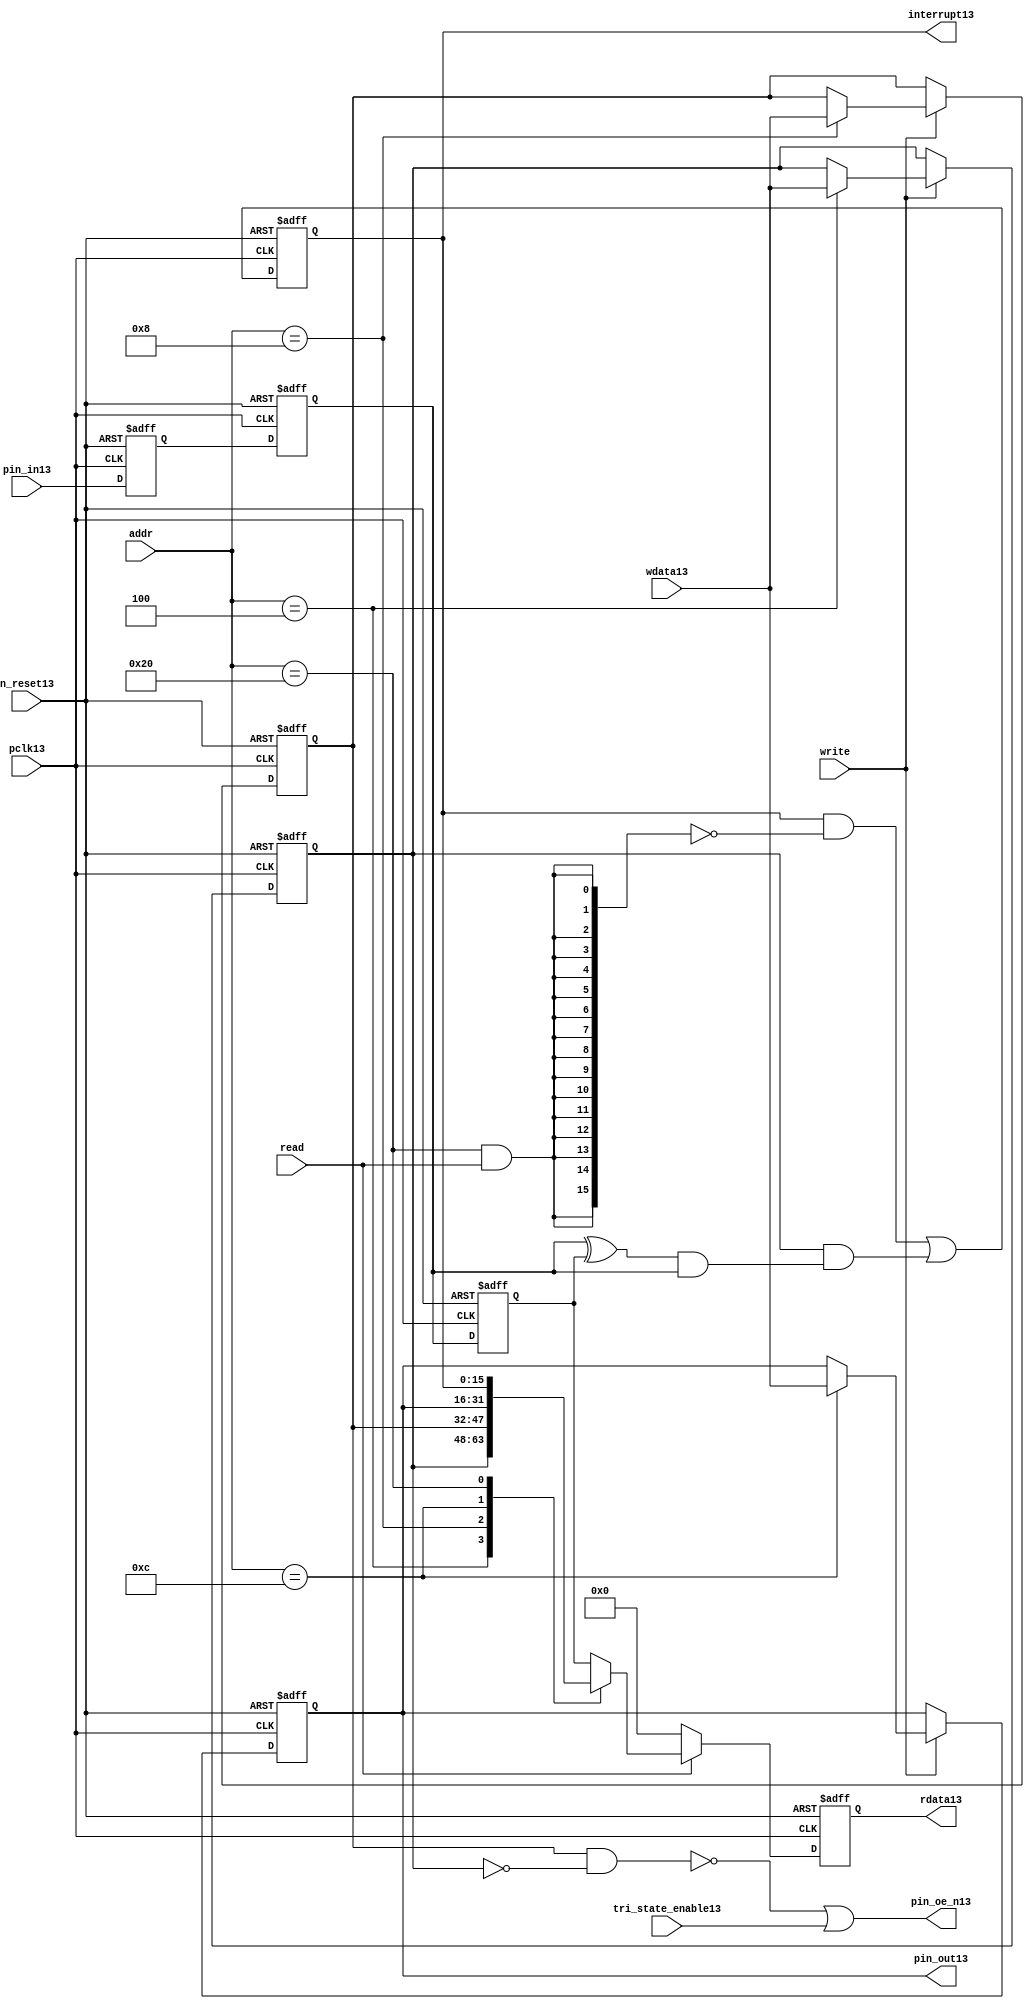
//File13 name   : gpio_lite_subunit13.v
//Title13       : 
//Created13     : 1999
//Description13 : Parametrised13 GPIO13 pin13 circuits13
//Notes13       : 
//----------------------------------------------------------------------
//   Copyright13 1999-2010 Cadence13 Design13 Systems13, Inc13.
//   All Rights13 Reserved13 Worldwide13
//
//   Licensed13 under the Apache13 License13, Version13 2.0 (the
//   "License13"); you may not use this file except13 in
//   compliance13 with the License13.  You may obtain13 a copy of
//   the License13 at
//
//       http13://www13.apache13.org13/licenses13/LICENSE13-2.0
//
//   Unless13 required13 by applicable13 law13 or agreed13 to in
//   writing, software13 distributed13 under the License13 is
//   distributed13 on an "AS13 IS13" BASIS13, WITHOUT13 WARRANTIES13 OR13
//   CONDITIONS13 OF13 ANY13 KIND13, either13 express13 or implied13.  See
//   the License13 for the specific13 language13 governing13
//   permissions13 and limitations13 under the License13.
//----------------------------------------------------------------------


module gpio_lite_subunit13(
  //Inputs13

  n_reset13,
  pclk13,

  read,
  write,
  addr,

  wdata13,
  pin_in13,

  tri_state_enable13,

  //Outputs13
 
  interrupt13,

  rdata13,
  pin_oe_n13,
  pin_out13

);
 
   // Inputs13
   
   // Clocks13   
   input n_reset13;            // asynch13 reset, active low13
   input pclk13;               // Ppclk13

   // Controls13
   input read;               // select13 GPIO13 read
   input write;              // select13 GPIO13 write
   input [5:0] 
         addr;               // address bus of selected master13

   // Dataflow13
   input [15:0]
         wdata13;              // GPIO13 Input13
   input [15:0]
         pin_in13;             // input data from pin13

   //Design13 for Test13 Inputs13
   input [15:0]
         tri_state_enable13;   // disables13 op enable -> Z13




   
   // Outputs13
   
   // Controls13
   output [15:0]
          interrupt13;         // interupt13 for input pin13 change

   // Dataflow13
   output [15:0]
          rdata13;             // GPIO13 Output13
   output [15:0]
          pin_oe_n13;          // output enable signal13 to pin13
   output [15:0]
          pin_out13;           // output signal13 to pin13
   



   
   // Registers13 in module

   //Define13 Physical13 registers in amba_unit13
   reg    [15:0]
          direction_mode13;     // 1=Input13 0=Output13              RW
   reg    [15:0]
          output_enable13;      // Output13 active                 RW
   reg    [15:0]
          output_value13;       // Value outputed13 from reg       RW
   reg    [15:0]
          input_value13;        // Value input from bus          R
   reg    [15:0]
          int_status13;         // Interrupt13 status              R

   // registers to remove metastability13
   reg    [15:0]
          s_synch13;            //stage_two13
   reg    [15:0]
          s_synch_two13;        //stage_one13 - to ext pin13
   
   
    
          
   // Registers13 for outputs13
   reg    [15:0]
          rdata13;              // prdata13 reg
   wire   [15:0]
          pin_oe_n13;           // gpio13 output enable
   wire   [15:0]
          pin_out13;            // gpio13 output value
   wire   [15:0]
          interrupt13;          // gpio13 interrupt13
   wire   [15:0]
          interrupt_trigger13;  // 1 sets13 interrupt13 status
   reg    [15:0]
          status_clear13;       // 1 clears13 interrupt13 status
   wire   [15:0]
          int_event13;          // 1 detects13 an interrupt13 event

   integer ia13;                // loop variable
   


   // address decodes13
   wire   ad_direction_mode13;  // 1=Input13 0=Output13              RW
   wire   ad_output_enable13;   // Output13 active                 RW
   wire   ad_output_value13;    // Value outputed13 from reg       RW
   wire   ad_int_status13;      // Interrupt13 status              R
   
//Register addresses13
//If13 modifying13 the APB13 address (PADDR13) width change the following13 bit widths13
parameter GPR_DIRECTION_MODE13   = 6'h04;       // set pin13 to either13 I13 or O13
parameter GPR_OUTPUT_ENABLE13    = 6'h08;       // contains13 oe13 control13 value
parameter GPR_OUTPUT_VALUE13     = 6'h0C;       // output value to be driven13
parameter GPR_INPUT_VALUE13      = 6'h10;       // gpio13 input value reg
parameter GPR_INT_STATUS13       = 6'h20;       // Interrupt13 status register

//Reset13 Values13
//If13 modifying13 the GPIO13 width change the following13 bit widths13
//parameter GPRV_RSRVD13            = 32'h0000_0000; // Reserved13
parameter GPRV_DIRECTION_MODE13  = 32'h00000000; // Default to output mode
parameter GPRV_OUTPUT_ENABLE13   = 32'h00000000; // Default 3 stated13 outs13
parameter GPRV_OUTPUT_VALUE13    = 32'h00000000; // Default to be driven13
parameter GPRV_INPUT_VALUE13     = 32'h00000000; // Read defaults13 to zero
parameter GPRV_INT_STATUS13      = 32'h00000000; // Int13 status cleared13



   //assign ad_bypass_mode13    = ( addr == GPR_BYPASS_MODE13 );   
   assign ad_direction_mode13 = ( addr == GPR_DIRECTION_MODE13 );   
   assign ad_output_enable13  = ( addr == GPR_OUTPUT_ENABLE13 );   
   assign ad_output_value13   = ( addr == GPR_OUTPUT_VALUE13 );   
   assign ad_int_status13     = ( addr == GPR_INT_STATUS13 );   

   // assignments13
   
   assign interrupt13         = ( int_status13);

   assign interrupt_trigger13 = ( direction_mode13 & int_event13 ); 

   assign int_event13 = ((s_synch13 ^ input_value13) & ((s_synch13)));

   always @( ad_int_status13 or read )
   begin : p_status_clear13

     for ( ia13 = 0; ia13 < 16; ia13 = ia13 + 1 )
     begin

       status_clear13[ia13] = ( ad_int_status13 & read );

     end // for ia13

   end // p_status_clear13

   // p_write_register13 : clocked13 / asynchronous13
   //
   // this section13 contains13 all the code13 to write registers

   always @(posedge pclk13 or negedge n_reset13)
   begin : p_write_register13

      if (~n_reset13)
      
       begin
         direction_mode13  <= GPRV_DIRECTION_MODE13;
         output_enable13   <= GPRV_OUTPUT_ENABLE13;
         output_value13    <= GPRV_OUTPUT_VALUE13;
       end
      
      else 
      
       begin
      
         if (write == 1'b1) // Write value to registers
      
          begin
              
            // Write Mode13
         
            if ( ad_direction_mode13 ) 
               direction_mode13 <= wdata13;
 
            if ( ad_output_enable13 ) 
               output_enable13  <= wdata13;
     
            if ( ad_output_value13 )
               output_value13   <= wdata13;

              

           end // if write
         
       end // else: ~if(~n_reset13)
      
   end // block: p_write_register13



   // p_metastable13 : clocked13 / asynchronous13 
   //
   // This13 process  acts13 to remove  metastability13 propagation
   // Only13 for input to GPIO13
   // In Bypass13 mode pin_in13 passes13 straight13 through

   always @(posedge pclk13 or negedge n_reset13)
      
   begin : p_metastable13
      
      if (~n_reset13)
        begin
         
         s_synch13       <= {16 {1'b0}};
         s_synch_two13   <= {16 {1'b0}};
         input_value13   <= GPRV_INPUT_VALUE13;
         
        end // if (~n_reset13)
      
      else         
        begin
         
         input_value13   <= s_synch13;
         s_synch13       <= s_synch_two13;
         s_synch_two13   <= pin_in13;

        end // else: ~if(~n_reset13)
      
   end // block: p_metastable13


   // p_interrupt13 : clocked13 / asynchronous13 
   //
   // These13 lines13 set and clear the interrupt13 status

   always @(posedge pclk13 or negedge n_reset13)
   begin : p_interrupt13
      
      if (~n_reset13)
         int_status13      <= GPRV_INT_STATUS13;
      
      else 
         int_status13      <= ( int_status13 & ~(status_clear13) // read & clear
                            ) |
                            interrupt_trigger13;             // new interrupt13
        
   end // block: p_interrupt13
   
   
   // p_read_register13  : clocked13 / asynchronous13 
   //
   // this process registers the output values

   always @(posedge pclk13 or negedge n_reset13)

      begin : p_read_register13
         
         if (~n_reset13)
         
           begin

            rdata13 <= {16 {1'b0}};

           end
           
         else //if not reset
         
           begin
         
            if (read == 1'b1)
            
              begin
            
               case (addr)
            
                  
                  GPR_DIRECTION_MODE13:
                     rdata13 <= direction_mode13;
                  
                  GPR_OUTPUT_ENABLE13:
                     rdata13 <= output_enable13;
                  
                  GPR_OUTPUT_VALUE13:
                     rdata13 <= output_value13;
                  
                  GPR_INT_STATUS13:
                     rdata13 <= int_status13;
                  
                  default: // if GPR_INPUT_VALUE13 or unmapped reg addr
                     rdata13 <= input_value13;
            
               endcase
            
              end //end if read
            
            else //in not read
            
              begin // if not a valid read access, keep13 '0'-s 
              
               rdata13 <= {16 {1'b0}};
              
              end //end if not read
              
           end //end else if not reset

      end // p_read_register13


   assign pin_out13 = 
        ( output_value13 ) ;
     
   assign pin_oe_n13 = 
      ( ( ~(output_enable13 & ~(direction_mode13)) ) |
        tri_state_enable13 ) ;

                
  
endmodule // gpio_subunit13